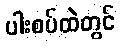
ပါးစပ်ထဲတွင်